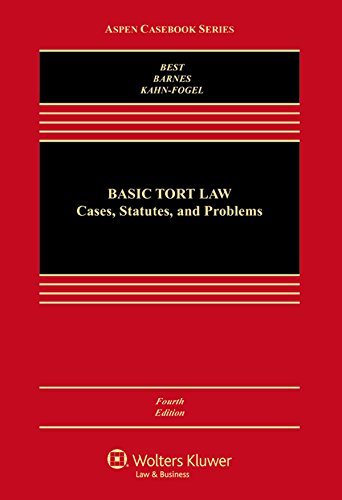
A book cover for Basic Tort Law: Cases Statutes & Problems (Aspen Casebook); Arthur Best; Law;